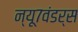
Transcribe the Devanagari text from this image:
न्यू७वंडर्स